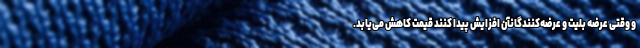
و وقتی عرضه بلیت و عرضه‌کنندگانآن افزایش پیدا کنند قیمت کاهش می‌یابد.